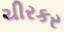
ચીરકર